Indian journal of veterinary science and animal husbandry - Volumes 15-17, 1948-1951
Year: 1948
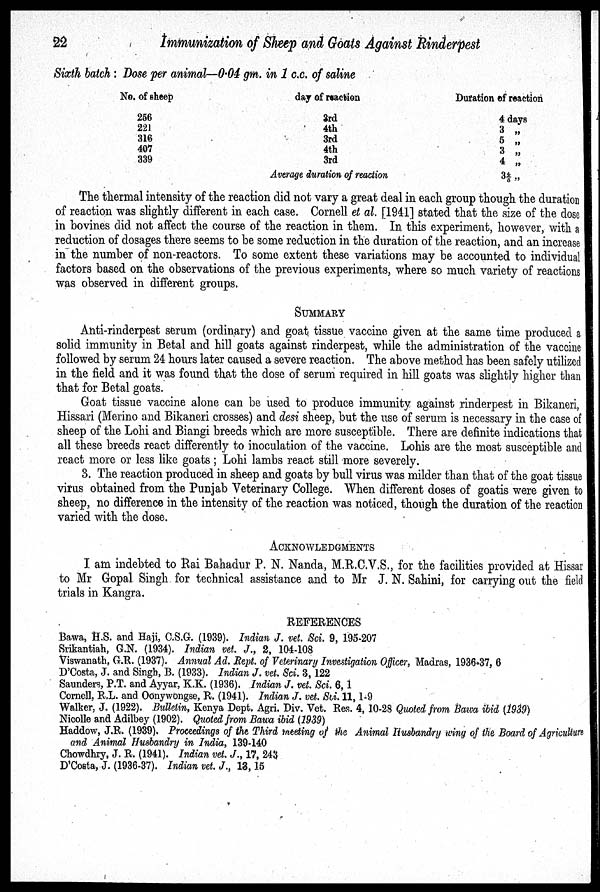
22
Immunization of Sheep and Goats Against Rinderpest
Sixth batch: Dose per animal—0.04 gm. in 1 c.c. of saline
No. of sheep
256
221
316
407
339
day of reaction
3rd
4th
3rd
4th
3rd
Average duration of reaction
Duration of reaction
4 days
3 „
5 „
3 „
4 „
3 4/5 „
The thermal intensity of the reaction did not vary a great deal in each group though the duration
of reaction was slightly different in each case. Cornell et al. [1941] stated that the size of the dose
in bovines did not affect the course of the reaction in them. In this experiment, however, with a
reduction of dosages there seems to be some reduction in the duration of the reaction, and an increase
in the number of non-reactors. To some extent these variations may be accounted to individual
factors based on the observations of the previous experiments, where so much variety of reactions
was observed in different groups.
SUMMARY
Anti-rinderpest serum (ordinary) and goat tissue vaccine given at the same time produced a
solid immunity in Betal and hill goats against rinderpest, while the administration of the vaccine
followed by serum 24 hours later caused a severe reaction. The above method has been safely utilized
in the field and it was found that the dose of serum required in hill goats was slightly higher than
that for Betal goats.
Goat tissue vaccine alone can be used to produce immunity against rinderpest in Bikaneri,
Hissari (Merino and Bikaneri crosses) and desi sheep, but the use of serum is necessary in the case of
sheep of the Lohi and Biangi breeds which are more susceptible. There are definite indications that
all these breeds react differently to inoculation of the vaccine. Lohis are the most susceptible and
react more or less like goats; Lohi lambs react still more severely.
3. The reaction produced in sheep and goats by bull virus was milder than that of the goat tissue
virus obtained from the Punjab Veterinary College. When different doses of goatis were given to
sheep, no difference in the intensity of the reaction was noticed, though the duration of the reaction
varied with the dose.
ACKNOWLEDGEMENTS
I am indebted to Rai Bahadur P. N. Nanda, M.R.C.V.S., for the facilities provided at Hissar
to Mr Gopal Singh for technical assistance and to Mr J. N. Sahini, for carrying out the field
trials in Kangra.
REFERENCES
Bawa, H.S. and Haji, C.S.G. (1939). Indian J. vet. Sci. 9, 195-207
Srikantiah, G.N. (1934). Indian vet. J., 2, 104-108
Viswanath, G.R. (1937). Annual Ad. Rept. of Veterinary Investigation Officer, Madras, 1936-37, 6
D'Costa, J. and Singh, B. (1933). Indian J. vet. Sci. 3, 122
Saunders, P.T. and Ayyar, K.K. (1936). Indian J. vet. Sci. 6, 1
Cornell, R.L. and Oonywongse, R. (1941). Indian J. vet. Sci. 11, 1-9
Walker, J. (1922). Bulletin, Kenya Dept. Agri. Div. Vet. Res. 4, 10-28 Quoted from Bawa ibid (1939)
Nicolle and Adilbey (1902). Quoted from Bawa ibid (1939)
Haddow, J.R. (1939). Proceedings of the Third meeting of the Animal Husbandry wing of the Board of Agriculture
and Animal Husbandry in India, 139-140
Chowdhry, J. R. (1941). Indian vet. J., 17, 243
D'Costa, J. (1936-37). Indian vet. J., 13, 15